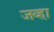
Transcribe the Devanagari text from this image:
जव्हा